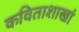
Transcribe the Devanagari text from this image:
कविताशाखां